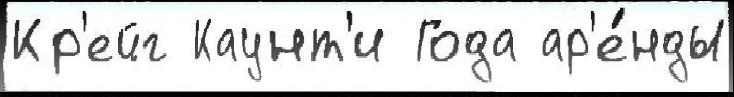
Кр'ейг Каунт'и Года ар'е́нды